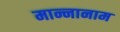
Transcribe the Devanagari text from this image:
मान्नानाम